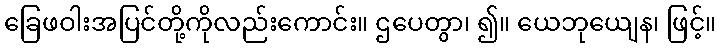
ခြေဖဝါးအပြင်တို့ကိုလည်းကောင်း။ ဌပေတွာ၊ ၍။ ယေဘုယျေန၊ ဖြင့်။